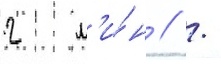
2 м'и́н // /